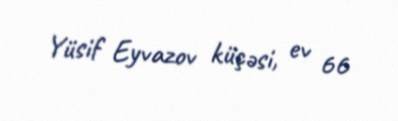
Yüsif Eyvazov küçəsi, ev 66